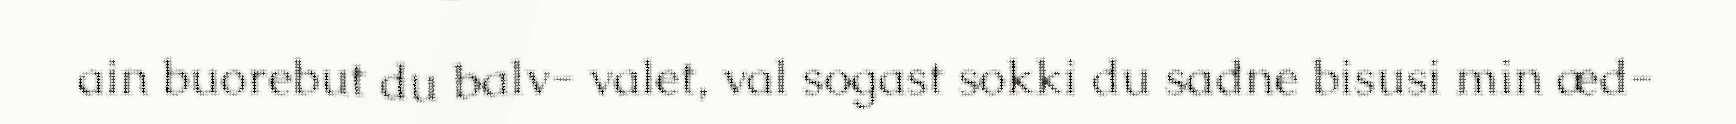
ain buorebut du balv- valet, val sogast sokki du sadne bisusi min æd-